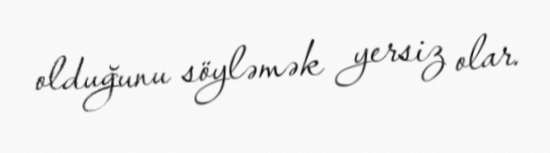
olduğunu söyləmək yersiz olar.